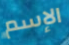
الإسم